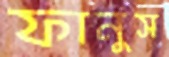
ফানুস